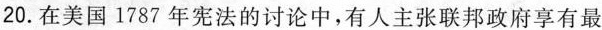
20.在美国1787年宪法的讨论中，有人主张联邦政府享有最